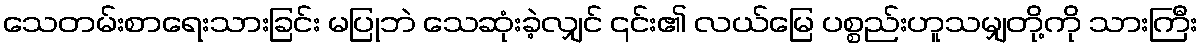
သေတမ်းစာရေးသားခြင်း မပြုဘဲ သေဆုံးခဲ့လျှင် ၎င်း၏ လယ်မြေ ပစ္စည်းဟူသမျှတို့ကို သားကြီး